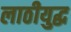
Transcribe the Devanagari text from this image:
लाठीयुद्ध